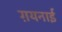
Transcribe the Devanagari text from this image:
ग़यनाई